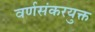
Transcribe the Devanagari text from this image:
वर्णसंकरयुक्त